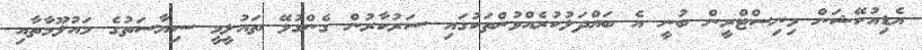
އެޑިއުކޭޝަން މިނިސްޓްރީން ބުނީ އެ ބައްދަލުކުރެއްވުންތަކުގައި ސަރުކާރުން ގެންގުޅޭ ތައުލީމީ ސިޔާސަތުގެ މައުލޫމާތާއި